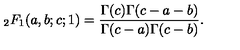
{ } _ { 2 } F _ { 1 } ( a , b ; c ; 1 ) = \frac { \Gamma ( c ) \Gamma ( c - a - b ) } { \Gamma ( c - a ) \Gamma ( c - b ) } .